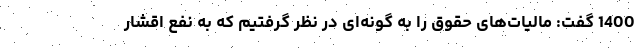
1400 گفت: مالیات‌های حقوق را به گونه‌ای در نظر گرفتیم که به نفع اقشار